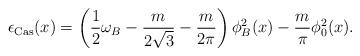
LaTeX: \begin{align*} \epsilon_{\rm Cas}(x) = \left(\frac{1}{2} \omega_B - \frac{m}{2 \sqrt{3}} - \frac{m}{2 \pi}\right)\phi_B^2(x) - \frac{m}{\pi} \phi_0^2(x).\end{align*}